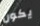
يكون